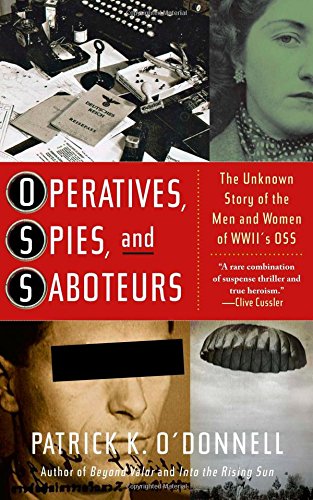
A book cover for Operatives, Spies, and Saboteurs: The Unknown Story of the Men and Women of World War II's OSS; Patrick K. O'Donnell; History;